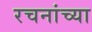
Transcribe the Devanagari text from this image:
रचनांच्या